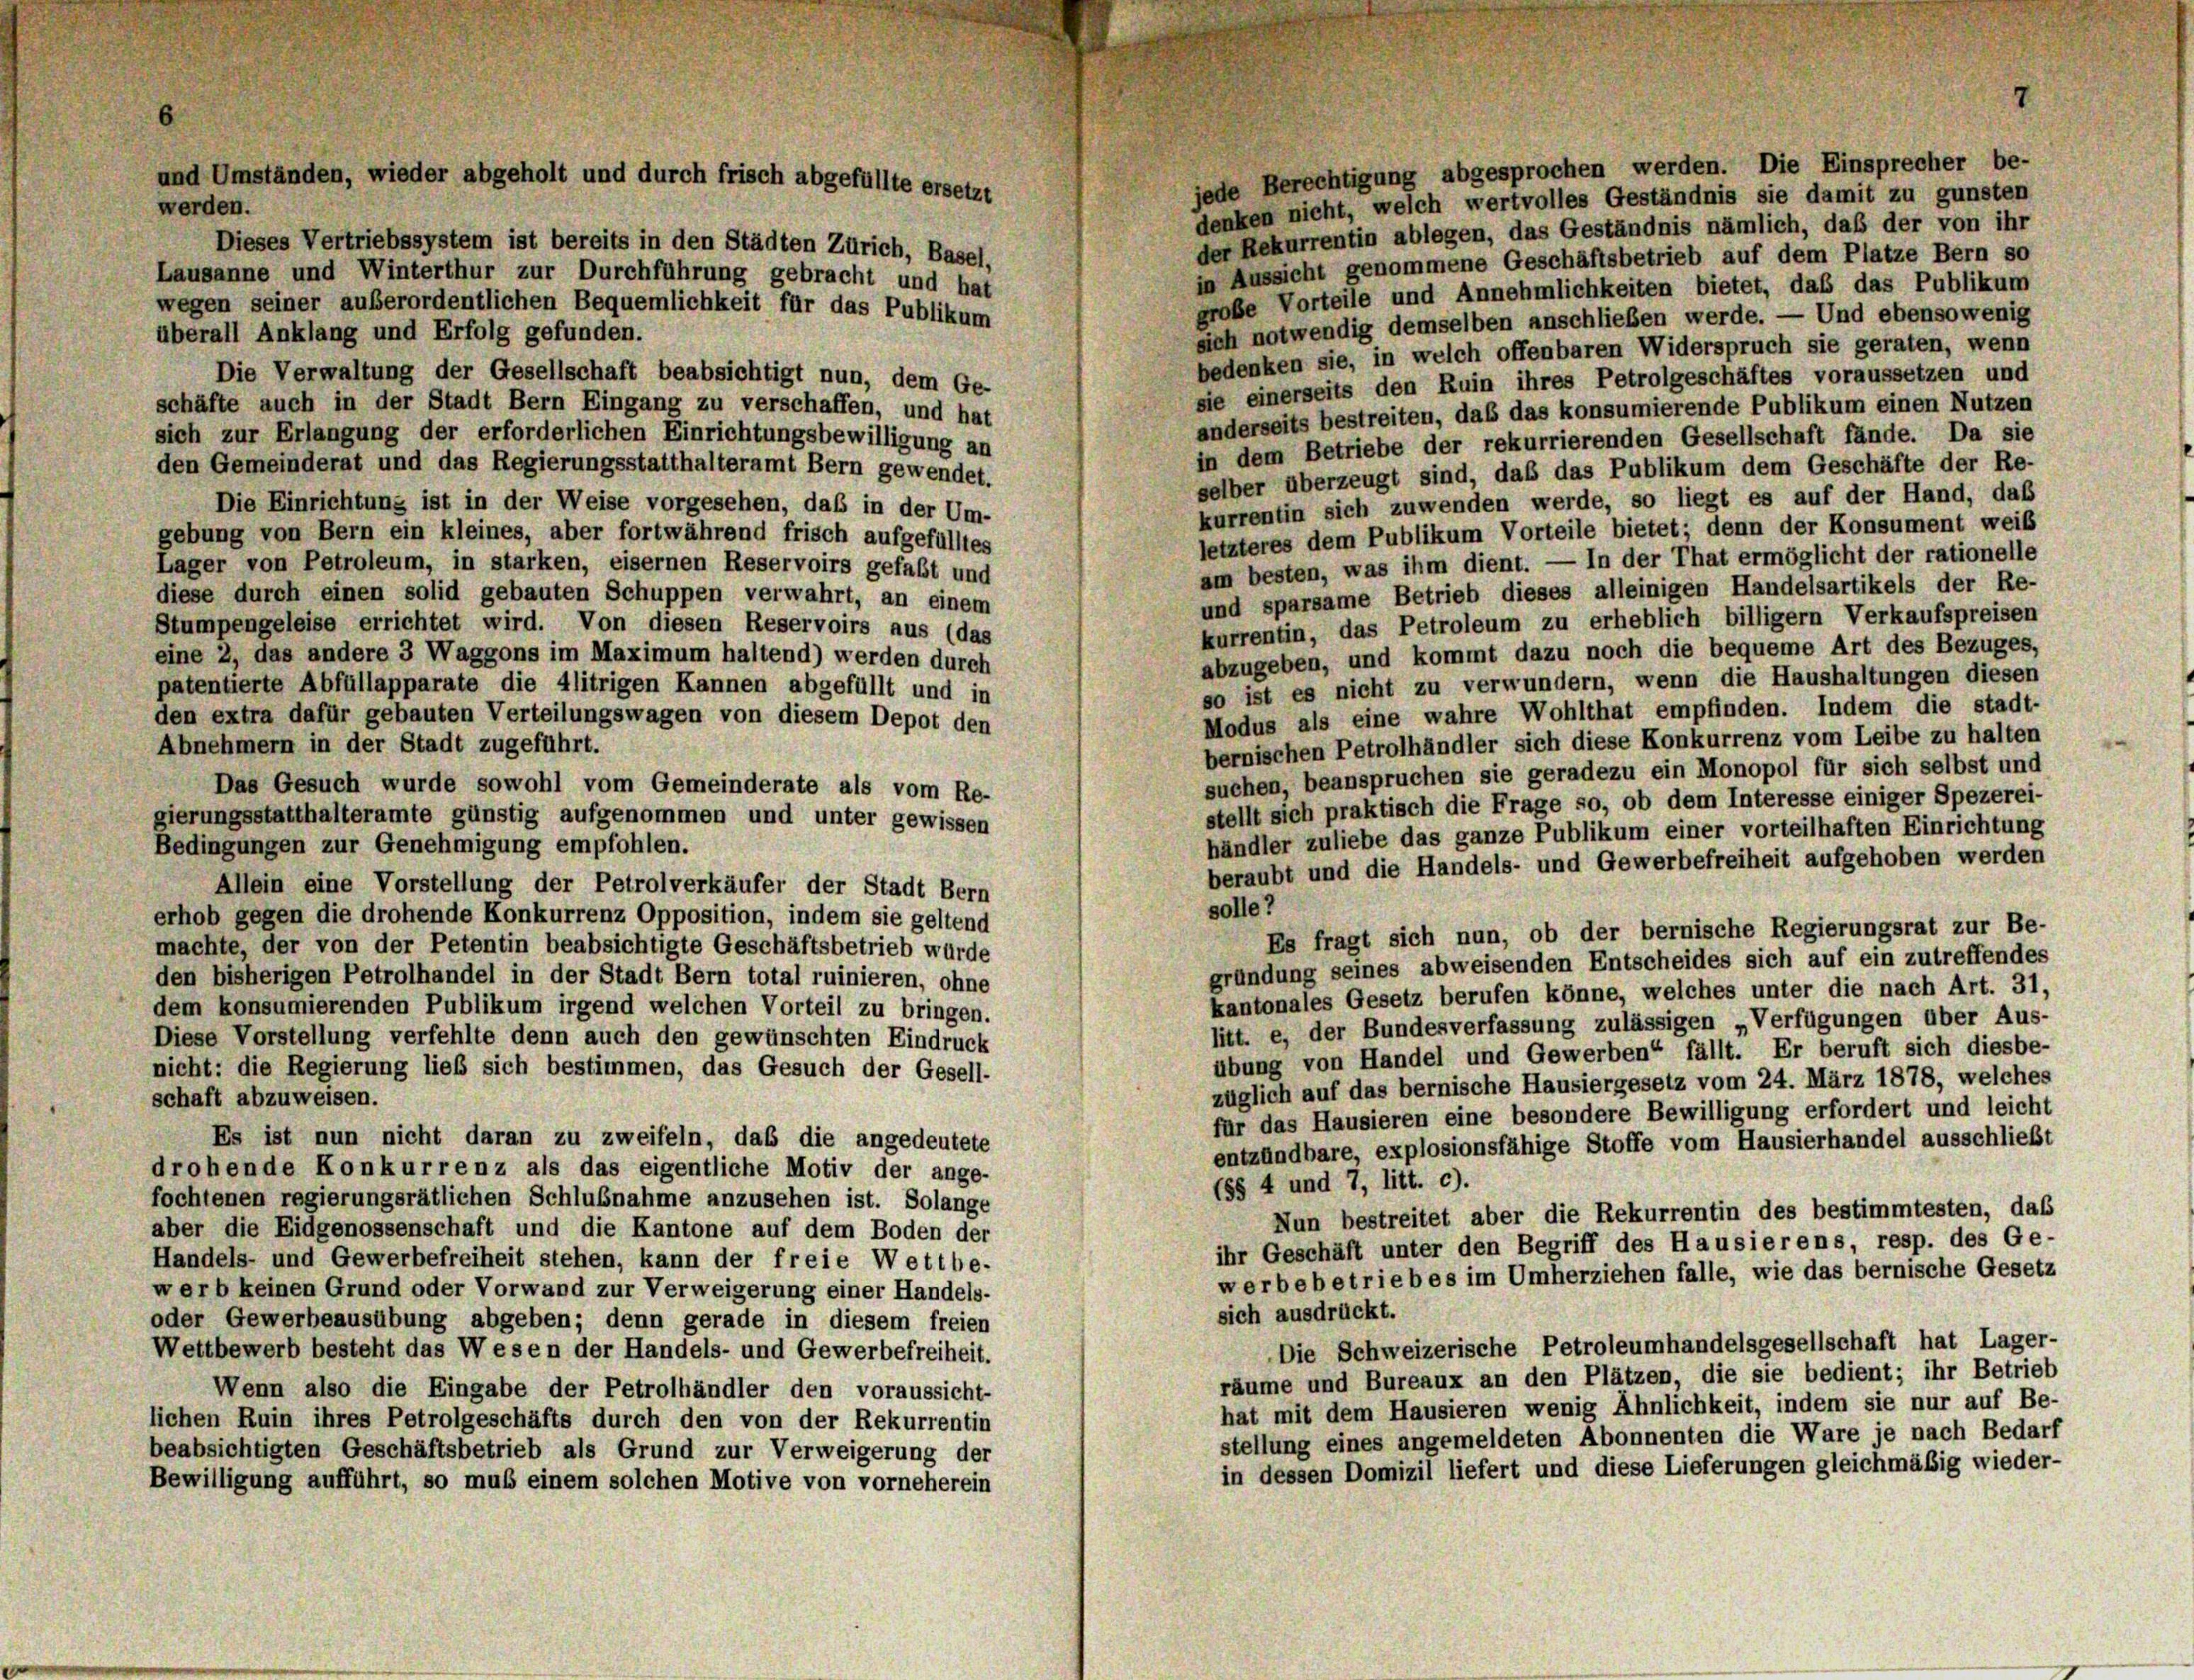
und Umständen, wieder abgeholt und durch frisch abgefüllte ersetzt

jede Berechtigung abgesprochen werden. Die Einsprecher be-
denken nicht, welch wertvolles Geständnis sie damit zu gunsten
werden.
der Rekurrentin ablegen, das Geständnis nämlich, daß der von ihr
Dieses Vertriebssystem ist bereits in den Städten Zürich, Basel,
in Aussicht genommene Geschäftsbetrieb auf dem Platze Bern so
Lausanne und Winterthur zur Durchführung gebracht und hat
große Vorteile und Annehmlichkeiten bietet, daß das Publikum
wegen seiner außerordentlichen Bequemlichkeit für das Publikum
sich notwendig demselben anschließen werde. — Und ebensowenig
überall Anklang und Erfolg gefunden.
bedenken sie, in welch offenbaren Widerspruch sie geraten, wenn
Die Verwaltung der Gesellschaft beabsichtigt nun, dem Ge-
sie einerseits den Ruin ihres Petrolgeschäftes voraussetzen und
schäfte auch in der Stadt Bern Eingang zu verschaffen, und hat
anderseits bestreiten, daß das konsumierende Publikum einen Nutzen
sich zur Erlangung der erforderlichen Einrichtungsbewilligung an
in dem Betriebe der rekurrierenden Gesellschaft fände. Da sie
den Gemeinderat und das Regierungsstatthalteramt Bern gewendet.
selber überzeugt sind, daß das Publikum dem Geschäfte der Re-
kurrentin sich zuwenden werde, so liegt es auf der Hand, daß
Die Einrichtung ist in der Weise vorgesehen, daß in der Um-
letzteres dem Publikum Vorteile bietet; denn der Konsument weiß
gebung von Bern ein kleines, aber fortwährend frisch aufgefülltes
am besten, was ihm dient. — In der That ermöglicht der rationelle
Lager von Petroleum, in starken, eisernen Reservoirs gefaßt und
und sparsame Betrieb dieses alleinigen Handelsartikels der Re-
diese durch einen solid gebauten Schuppen verwahrt, an einem
kurrentin, das Petroleum zu erheblich billigern Verkaufspreisen
Stumpengeleise errichtet wird. Von diesen Reservoirs aus (das
abzugeben, und kommt dazu noch die bequeme Art des Bezuges,
eine 2, das andere 3 Waggons im Maximum haltend) werden durch
so ist es nicht zu verwundern, wenn die Haushaltungen diesen
patentierte Abfüllapparate die Alitrigen Kannen abgefüllt und in
Modus als eine wahre Wohlthat empfinden. Indem die stadt-
den extra dafür gebauten Verteilungswagen von diesem Depot den
bernischen Petrolhändler sich diese Konkurrenz vom Leibe zu halten
Abnehmern in der Stadt zugeführt.
suchen, beanspruchen sie geradezu ein Monopol für sich selbst und
Das Gesuch wurde sowohl vom Gemeinderate als vom Re-
stellt sich praktisch die Frage so, ob dem Interesse einiger Spezerei-
gierungsstatthalteramte günstig aufgenommen und unter gewissen
händler zuliebe das ganze Publikum einer vorteilhaften Einrichtung
Bedingungen zur Genehmigung empfohlen.
beraubt und die Handels- und Gewerbefreiheit aufgehoben werden
Allein eine Vorstellung der Petrolverkäufer der Stadt Bern
solle?
erhob gegen die drohende Konkurrenz Opposition, indem sie geltend
Es fragt sich nun, ob der bernische Regierungsrat zur Be-
machte, der von der Petentin beabsichtigte Geschäftsbetrieb wurde
gründung seines abweisenden Entscheides sich auf ein zutreffendes
den bisherigen Petrolhandel in der Stadt Bern total ruinieren, ohne
kantonales Gesetz berufen könne, welches unter die nach Art. 31,
dem konsumierenden Publikum irgend welchen Vorteil zu bringen.
litt. e, der Bundesverfassung zulässigen „Verfügungen über Aus-
Diese Vorstellung verfehlte denn auch den gewünschten Eindruck
übung von Handel und Gewerben“ fällt. Er beruft sich diesbe-
nicht: die Regierung ließ sich bestimmen, das Gesuch der Gesell-
züglich auf das bernische Hausiergesetz vom 24. März 1878, welches
schaft abzuweisen.
für das Hausieren eine besondere Bewilligung erfordert und leicht
Es ist nun nicht daran zu zweifeln, daß die angedeutete
entzündbare, explosionsfähige Stoffe vom Hausierhandel ausschließt
drohende Konkurrenz als das eigentliche Motiv der ange-
(§§ 4 und 7, litt. c).
fochtenen regierungsrätlichen Schlußnahme anzusehen ist. Solange
Nun bestreitet aber die Rekurrentin des bestimmtesten, das
aber die Eidgenossenschaft und die Kantone auf dem Boden der
ihr Geschäft unter den Begriff des Hausierens, resp. des Ge-
Handels- und Gewerbefreiheit stehen, kann der freie Wettbe-
werbebetriebes im Umherziehen falle, wie das bernische Gesetz
werb keinen Grund oder Vorwand zur Verweigerung einer Handels-
sich ausdrückt.
oder Gewerbeausübung abgeben; denn gerade in diesem freien
Die Schweizerische Petroleumhandelsgesellschaft hat Lager-
Wettbewerb besteht das Wesen der Handels- und Gewerbefreiheit.
räume und Bureaux an den Plätzen, die sie bedient; ihr Betrieb
Wenn also die Eingabe der Petrolhändler den voraussicht-
hat mit dem Hausieren wenig Ähnlichkeit, indem sie nur auf Be-
lichen Ruin ihres Petrolgeschäfts durch den von der Rekurrentin
stellung eines angemeldeten Abonnenten die Ware je nach Bedarf
beabsichtigten Geschäftsbetrieb als Grund zur Verweigerung der
in dessen Domizil liefert und diese Lieferungen gleichmäßig wieder-
Bewilligung aufführt, so muß einem solchen Motive von vorneherein

7